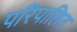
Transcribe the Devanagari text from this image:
परिपालित